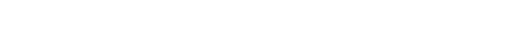
အခြားတပါးသော ထိုသို့ဆိုပြီး ကဘဏ် ပါဝင်လုပ်ကိုင် တက်ရောက်အမှာစကားပြောကြားစဉ်